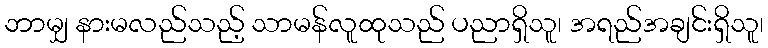
ဘာမျှ နားမလည်သည့် သာမန်လူထုသည် ပညာရှိသူ၊ အရည်အချင်းရှိသူ၊